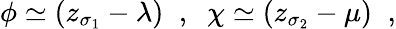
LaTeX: \phi\simeq(z_{\sigma_{1}}-\lambda)\; \; ,\; \; \chi\simeq(z_{\sigma_{2}}-\mu)\; \; ,